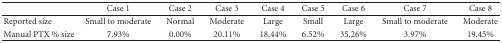
<table><thead><tr><td><b> </b></td><td><b>Case <i>1</i></b></td><td><b>Case <i>2</i></b></td><td><b>Case <i>3</i></b></td><td><b>Case <i>4</i></b></td><td><b>Case <i>5</i></b></td><td><b>Case <i>6</i></b></td><td><b>Case <i>7</i></b></td><td><b>Case <i>8</i></b></td></tr></thead><tbody><tr><td>Reported size</td><td>Small to moderate</td><td>Normal</td><td>Moderate</td><td>Large</td><td>Small</td><td>Large</td><td>Small to moderate</td><td>Moderate</td></tr><tr><td>Manual PTX % size</td><td>7.93%</td><td>0.00%</td><td>20.11%</td><td>18.44%</td><td>6.52%</td><td>35.26%</td><td>3.97%</td><td>19.45%</td></tr></tbody></table>